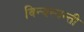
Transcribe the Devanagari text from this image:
विन्यस्यन्ती